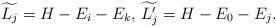
LaTeX: \begin{align*}\widetilde{L_j} = H- E_i-E_k,\, \widetilde{L_j'} = H-E_0-E_j.\end{align*}